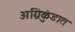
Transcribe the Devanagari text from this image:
अग्निकुंडात